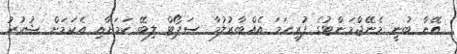
އޭނާ ބުނީ މެނޭޖްމަންޓުގެ ފުރިހަމަ އެއްބާރުލުމާ ސަޕޯޓް ލިބޭ ކަމަށާއި އެކަމަށް ޝުކުރު